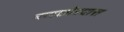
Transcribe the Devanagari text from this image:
रणछोरदास